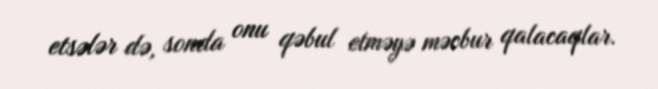
etsələr də, sonda onu qəbul etməyə məcbur qalacaqlar.